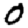
Digit: 0